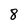
Character: 8